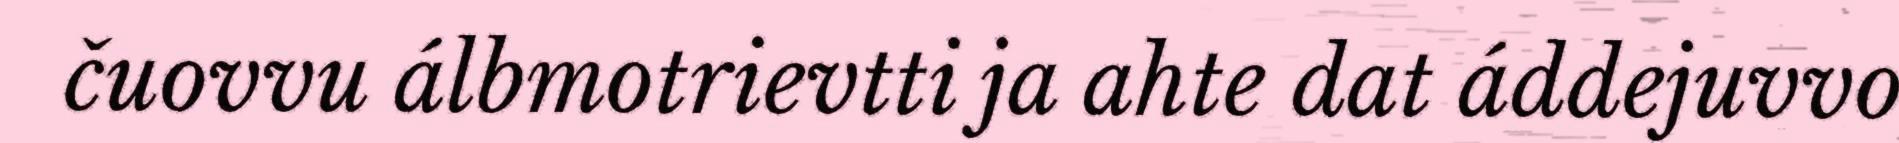
čuovvu álbmotrievtti ja ahte dat áddejuvvo